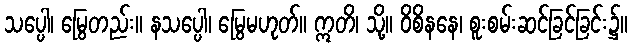
သပ္ပေါ၊ မြွေတည်း။ နသပ္ပေါ၊ မြွေမဟုတ်။ ဣတိ၊ သို့။ ဝိစိနနေ၊ စူးစမ်းဆင်ခြင်ခြင်း၌။